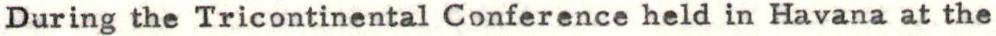
During the Tricontinental Conference held in Havana at the